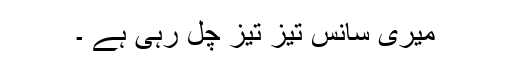
میری سانس تیز تیز چل رہی ہے ۔